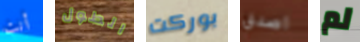
أنت الطول بوركت اصدق لم